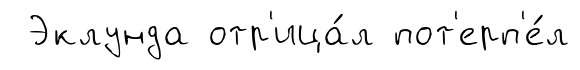
Эклунда отр'ица́л пот'ерп'е́л